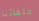
حلفائنا